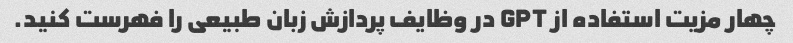
چهار مزیت استفاده از GPT در وظایف پردازش زبان طبیعی را فهرست کنید.